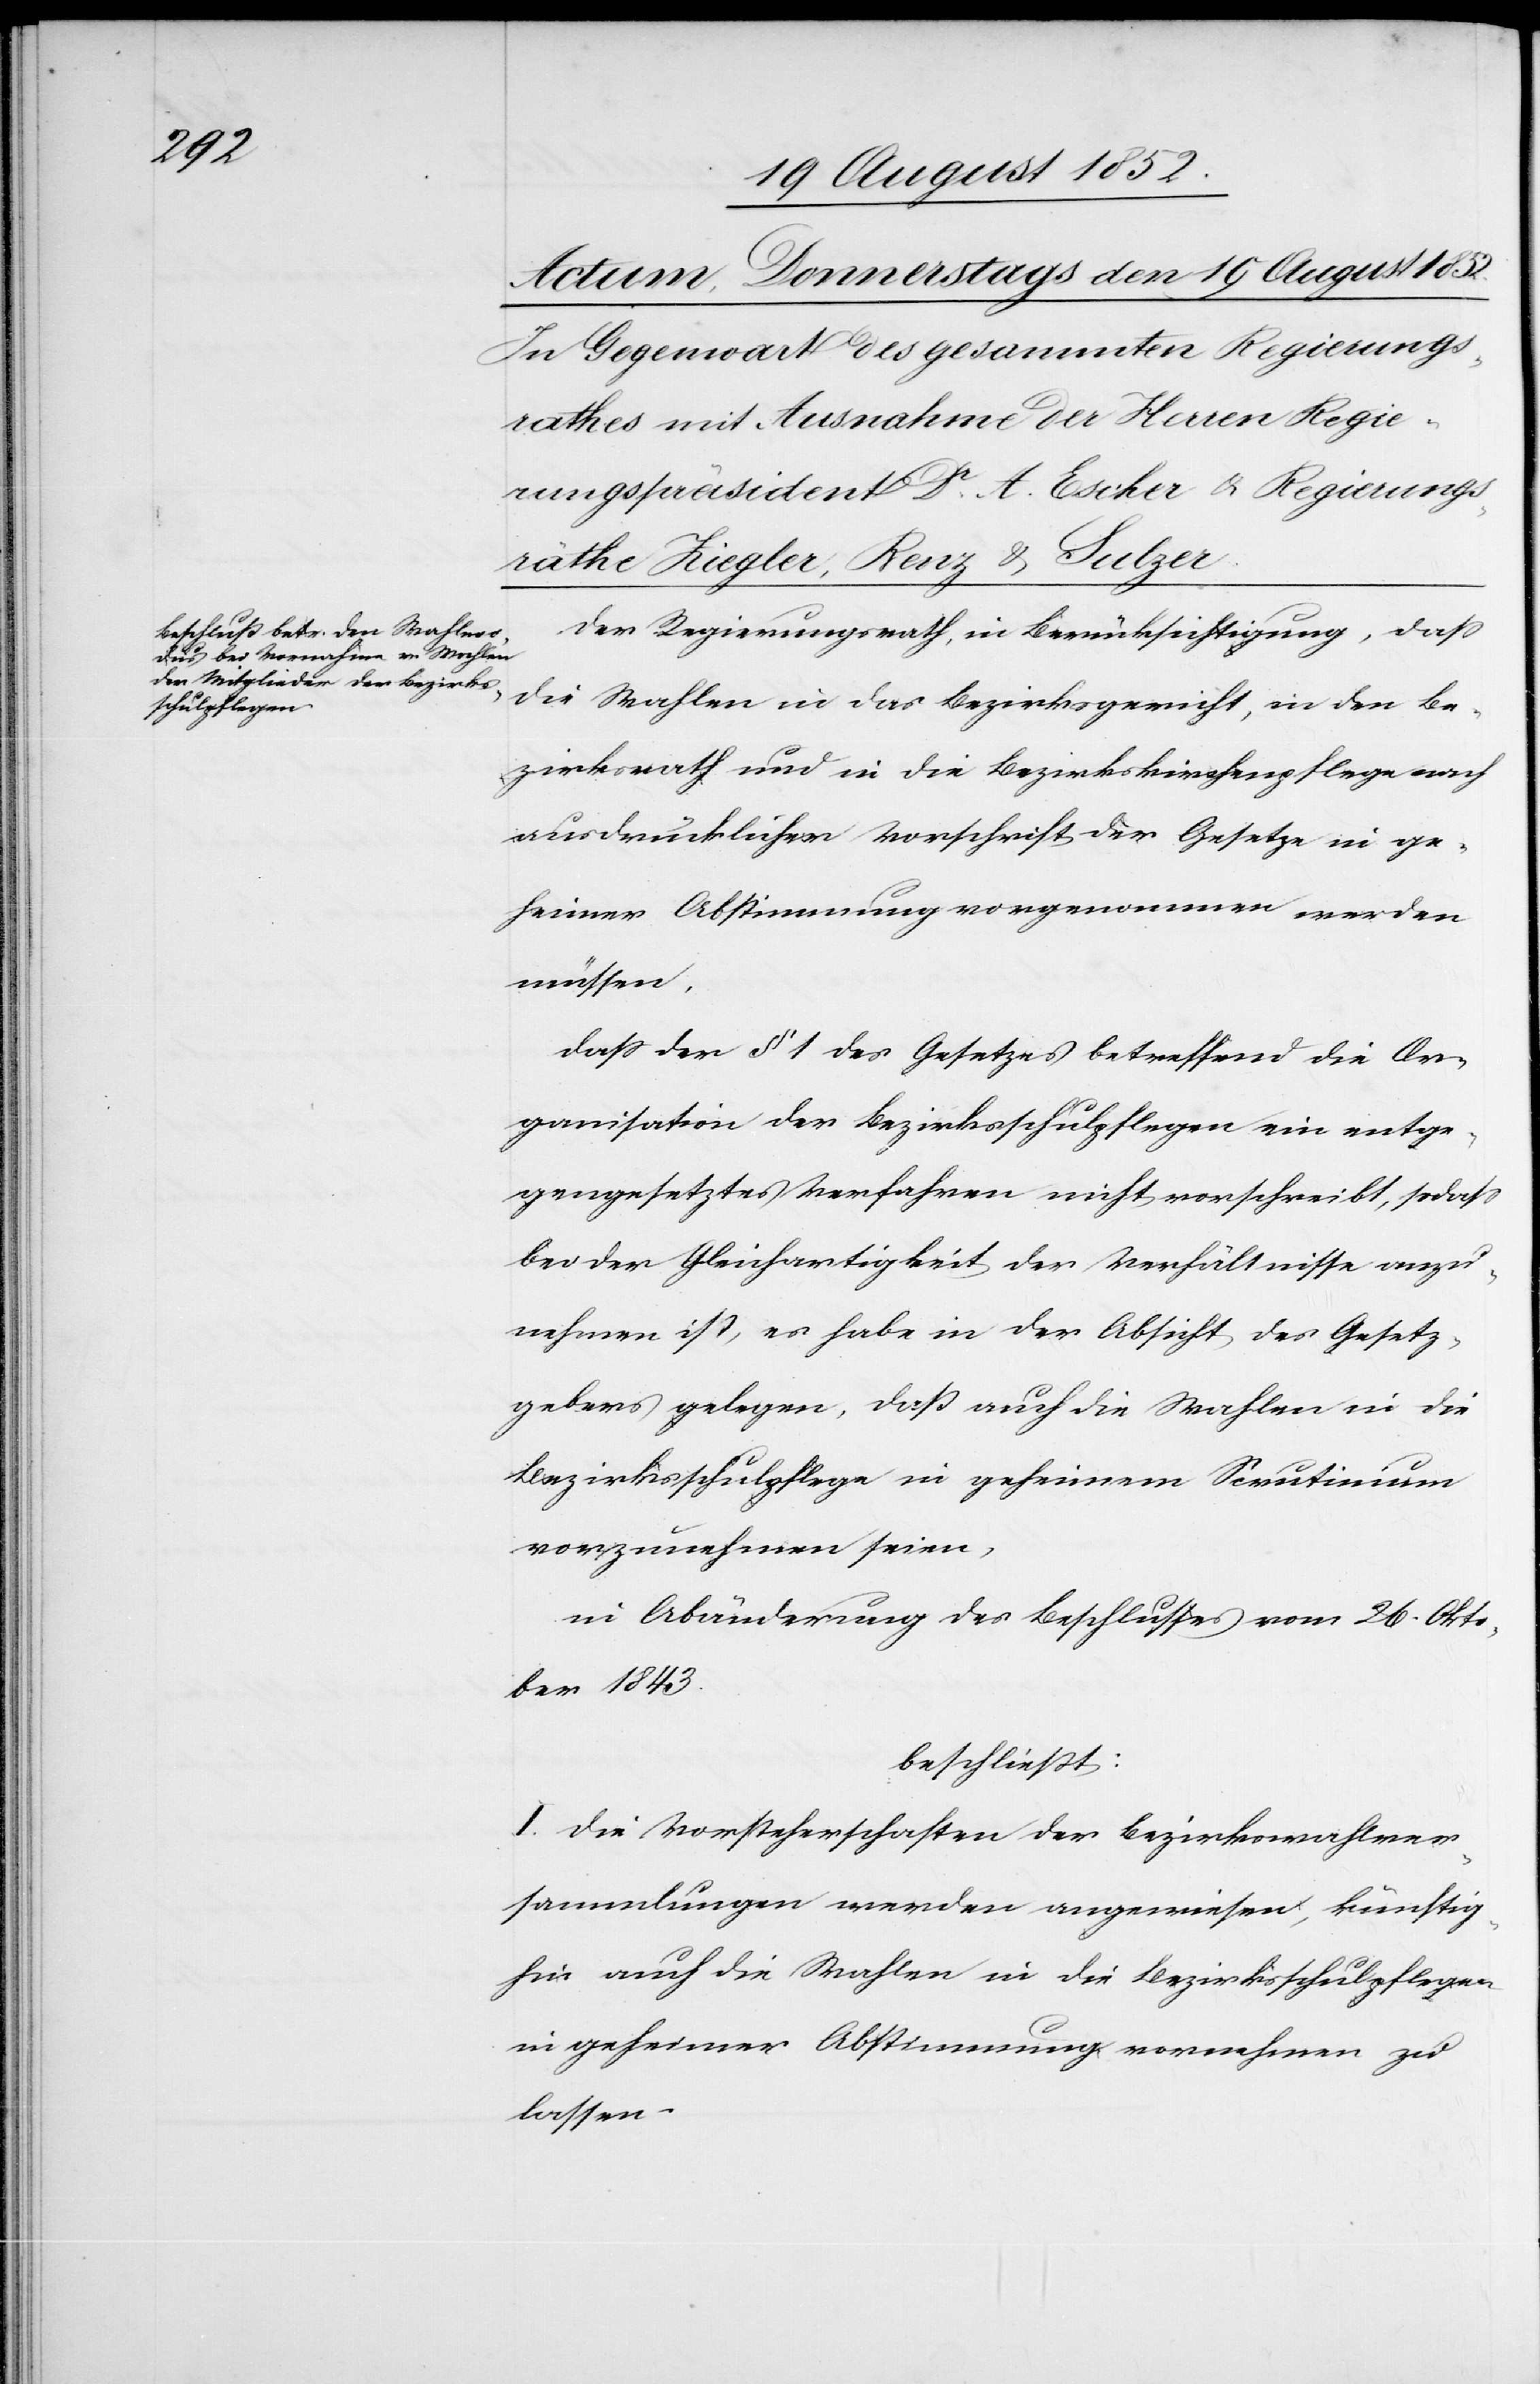
Der Regierungsrath, in Berücksichtigung, dass
die Wahlen in das Bezirksgericht, in den Be¬
zirksrath und in die Bezirkskirchenpflege nach
ausdrücklicher Vorschrift der Gesetze in ge¬
heimer Abstimmung vorgenommen werden
müssen,
dass der § 1 des Gesetzes betreffend die Or¬
ganisation der Bezirksschulpflegen ein entge¬
gengesetztes Verfahren nicht vorschreibt, sodass
bei der Gleichartigkeit der Verhältnisse anzu¬
nehmen ist, es habe in der Absicht des Gesetz¬
gebers gelegen, daß auch die Wahlen in die
Bezirksschulpflege in geheimem Scrutinium
vorzunehmen seien,
in Abänderung des Beschlusses vom 26. Okto¬
ber 1843.
beschließt:
I. Die Vorsteherschaften der Bezirkswahlver¬
sammlungen werden angewiesen, künftig¬
hin auch die Wahlen in die Bezirksschulpflegen
in geheimer Abstimmung vornehmen zu
lassen.